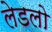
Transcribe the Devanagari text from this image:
लेडलो